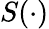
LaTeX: S(\cdot)